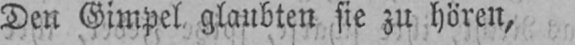
Den Gimpel glaubten sie zu hören,